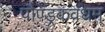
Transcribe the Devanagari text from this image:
पौण्ड्रकवधम्